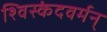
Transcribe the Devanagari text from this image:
श्विस्कंदवर्मन्